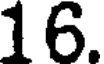
16.